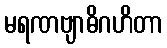
မရဏဗျာဓိဂဟိတာ